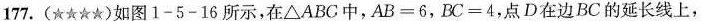
177.(★★★★)如图1-5-16所示，在△ABC中，AB=6，BC=4，点D在边BC的延长线上，